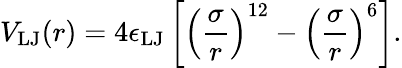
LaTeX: V_{\mathrm{LJ}}(r)=4\epsilon_{\mathrm{LJ}}\left[\left(\frac{\sigma}{r}\right)^{12}-\left(\frac{\sigma}{r}\right)^{6}\right].